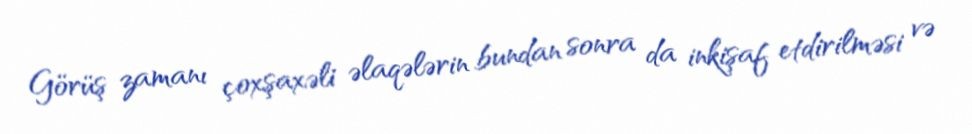
Görüş zamanı çoxşaxəli əlaqələrin bundan sonra da inkişaf etdirilməsi və